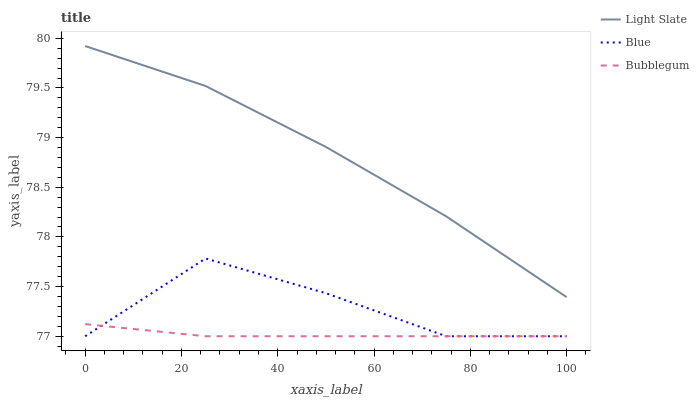
| xaxis_label | Light Slate | Blue | Bubblegum |
 | --- | --- | --- | --- |
 | 0 | 79.9 | 77 | 77.1 |
 | 25 | 79.5 | 77.8 | 77 |
 | 50 | 78.9 | 77.4 | 77 |
 | 75 | 78.2 | 77 | 77 |
 | 100 | 77.4 | 77 | 77 |